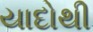
યાદોથી